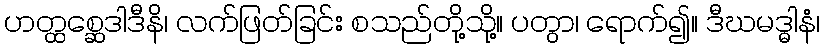
ဟတ္ထစ္ဆေဒါဒီနိ၊ လက်ဖြတ်ခြင်း စသည်တို့သို့။ ပတွာ၊ ရောက်၍။ ဒီဃမဒ္ဓါနံ၊